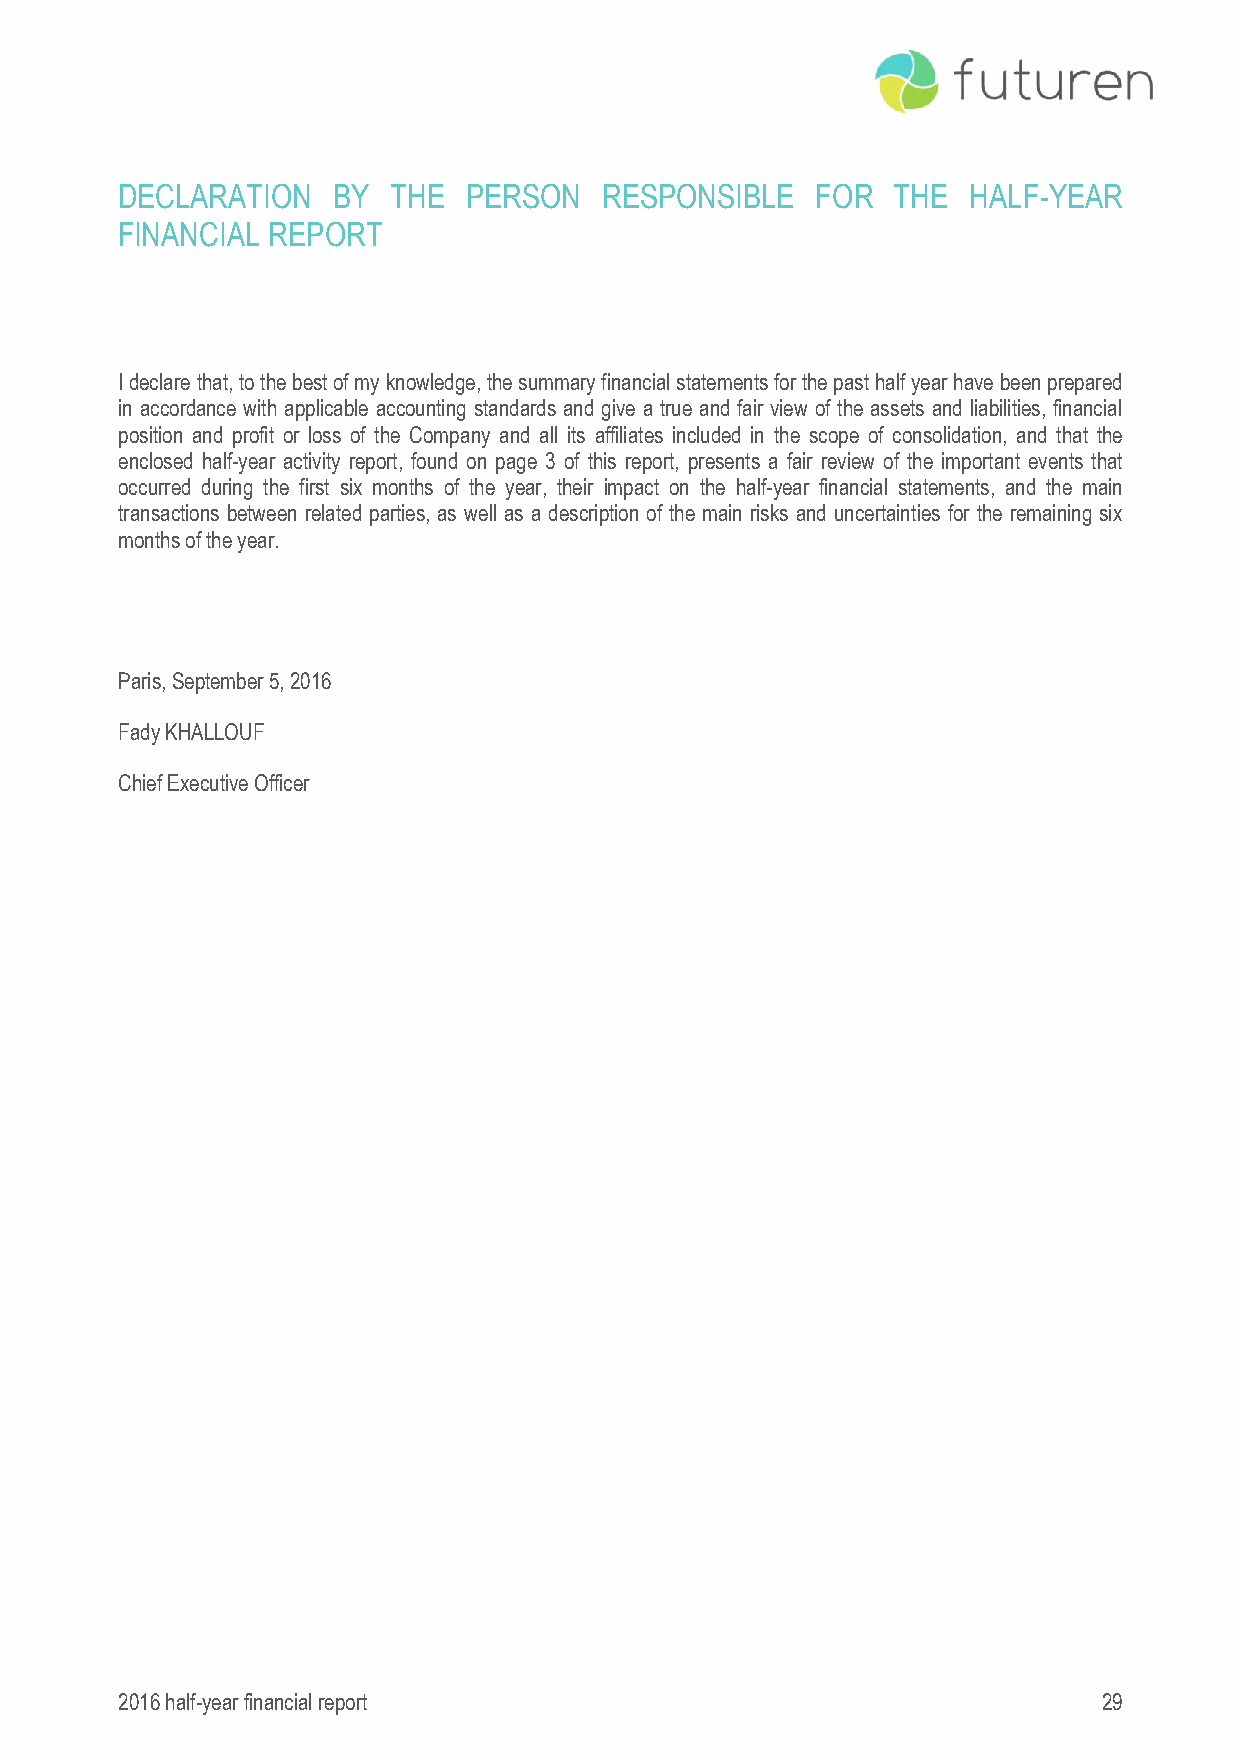
DECLARATION   BY  THE  PERSON   RESPONSIBLE   FOR  THE  HALF-YEAR
 FINANCIAL REPORT
 I declare that, to the best of my knowledge, the summary financial statements for the past half year have been prepared
 in accordance with applicable accounting standards and give a true and fair view of the assets and liabilities, financial
 position and profit or loss of the Company and all its affiliates included in the scope of consolidation, and that the
 enclosed half-year activity report, found on page 3 of this report, presents a fair review of the important events that
 occurred during the first six months of the year, their impact on the half-year financial statements, and the main
 transactions between related parties, as well as a description of the main risks and uncertainties for the remaining six
 months of the year.
 Paris, September 5, 2016
 Fady KHALLOUF
 Chief Executive Officer
 2016 half-year financial report                                  29